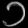
Digit: ၁